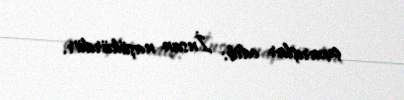
çıxarışlar edib: İnsan naşükürdür.